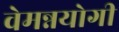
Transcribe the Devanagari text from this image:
वेमन्नयोगी